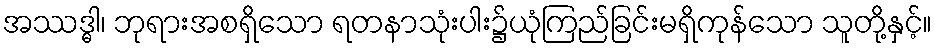
အဿဒ္ဓါ၊ ဘုရားအစရှိသော ရတနာသုံးပါး၌ယုံကြည်ခြင်းမရှိကုန်သော သူတို့နှင့်။